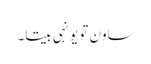
ساون تو یونہی بیتا۔